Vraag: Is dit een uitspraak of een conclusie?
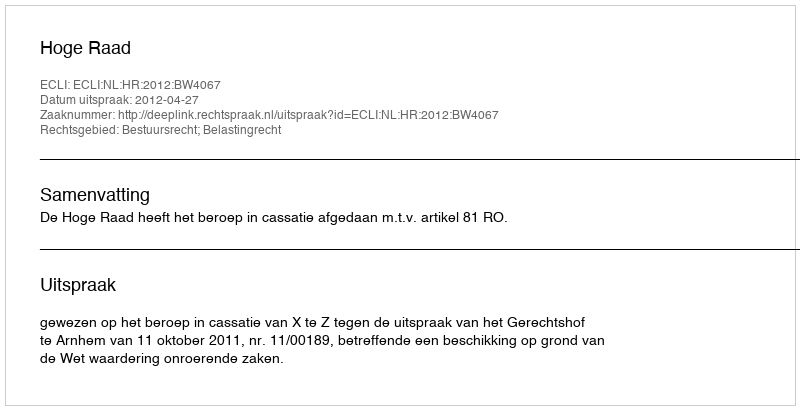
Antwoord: Uitspraak